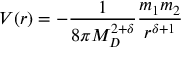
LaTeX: V ( r ) = - \frac { 1 } { 8 \pi M _ { D } ^ { 2 + \delta } } \frac { m _ { 1 } m _ { 2 } } { r ^ { \delta + 1 } }